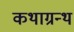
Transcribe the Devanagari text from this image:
कथाग्रन्थ